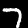
Digit: 7